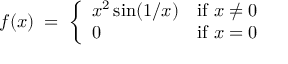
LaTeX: f ( x ) \; = \; { \left\{ \begin{array} { l l } { x ^ { 2 } \sin ( 1 / x ) } & { { \mathrm { i f ~ } } x \neq 0 } \\ { 0 } & { { \mathrm { i f ~ } } x = 0 } \end{array} \right. }